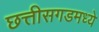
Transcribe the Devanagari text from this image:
छत्तीसगडमध्ये